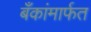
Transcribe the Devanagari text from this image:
बँकांमार्फत